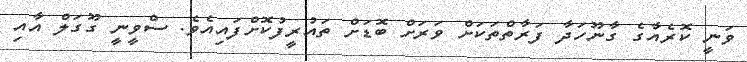
ވަނީ ކޮރެއާގެ ގާނޫހަދާ ފަރާތްތަކަށް ވަރަށް ބޮޑަށް ތައުރީފުކޮށްފައިއެވެ. ސްވީނީ ގޫގަލް އާއި